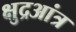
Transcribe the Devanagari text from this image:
क्षुद्रआंत्र